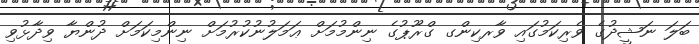
ބަލަ ނަޝީދުގެ ވެރިކަމުގައި ވާރކިންގ ގްރޫޕުގެ ނިންމުމަށް ޢަމަލުނުކުރުމަށް ނިންމިކަމަށް ދުންޔާ ވިދާޅުވި